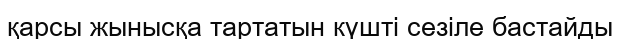
қарсы жынысқа тартатын күшті сезіле бастайды